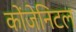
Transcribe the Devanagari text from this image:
कोंजेनिटल